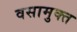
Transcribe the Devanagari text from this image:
वसामुक्त